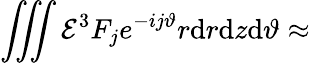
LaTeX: \iiint{\cal E}^{3}F_{j}e^{-ij\vartheta}r\mathrm{d}r\mathrm{d}z\mathrm{d}\vartheta\approx